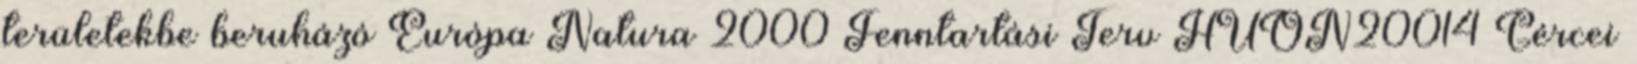
területekbe beruházó Európa Natura 2000 Fenntartási Terv HUON20014 Gércei